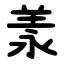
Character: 羕